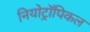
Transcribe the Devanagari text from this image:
नियोट्रॉपिकल